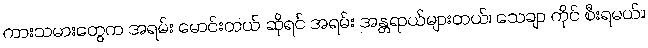
ကားသမားတွေက အရမ်း မောင်းတယ် ဆိုရင် အရမ်း အန္တရာယ်များတယ်၊ သေချာ ကိုင် စီးရမယ်။